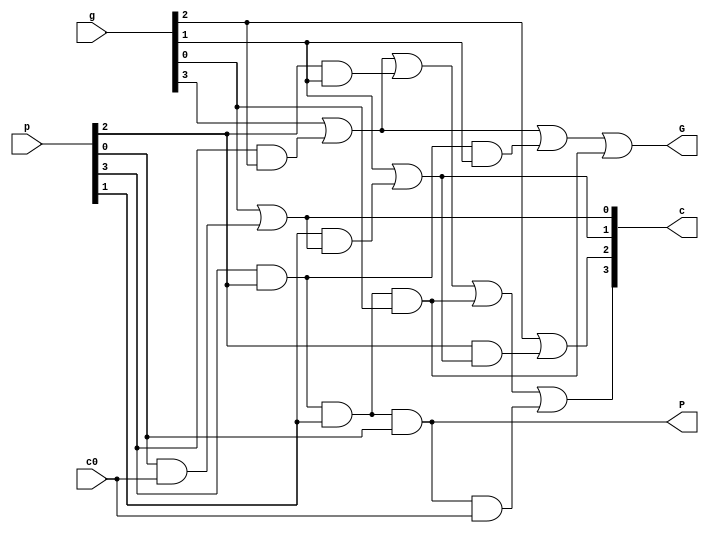
module carrygu(p, g, c0, P, G, c);
  input [3:0] p, g;
  input c0;
  output P, G; 
  output [4:1]c;

  /* to do */
 	assign c[1]=g[0] | (p[0] & c0);
 	assign c[2]=g[1] | (p[1] & (g[0] | (c0 & p[0])));
 	assign c[3]=g[2] | (p[2] & (g[1] | (p[1] & (g[0] | (p[0] & c0)))));
 	assign c[4]=g[3] | (p[3] & g[2]) | (p[2] & p[2] & g[1]) | (p[3] & p[2] & p[1] & g[0]) | (p[3] & p[2] & p[1] & p[0] & c0);
	
	assign P = p[3] & p[2] & p[1] & p[0];
	assign G = g[3] | (p[3] & g[2]) | (p[3] & p[2] & g[1]) | (p[3] & p[2] & p[1] & g[0]);
endmodule